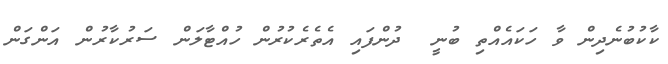
ކާކުބުނެދިން ވާ ހަކައެއްތި ބުނީ  ދުންފައި އެތެރެކުރުން ހުއްޓާލަން ސަރުކާރުން އަންގަން